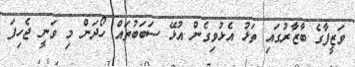
ވަޒީފާގެ ބާޒާރުގައި ތަޅު އެޅުވިގެން އުޅޭ ސަބަބުތައް ހޯދަން މި ވަނީ ޖެހިފަ